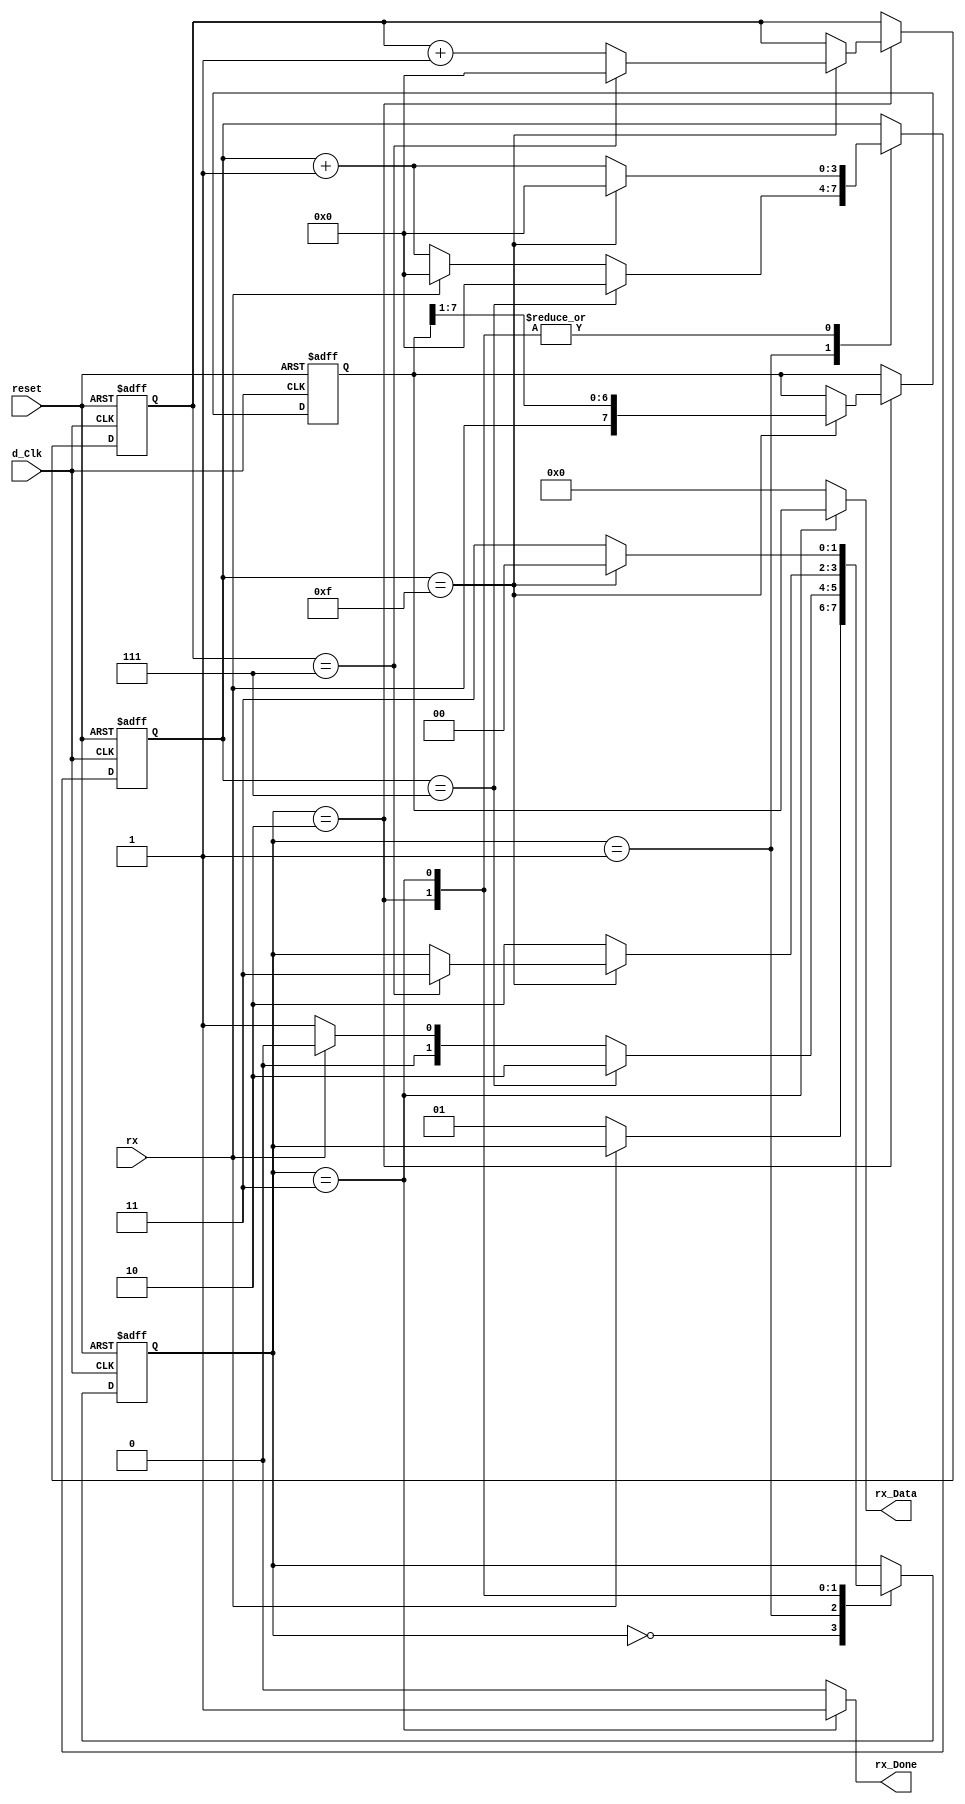
module uart_Receiver(
		d_Clk,
		reset,
		rx,
		
		rx_Data,
		rx_Done);
		
		
		input				d_Clk;
		input				reset;
		input				rx;
		
		output		[7 : 0] rx_Data;
		output				rx_Done;
		
		
		
		parameter	[1 : 0]		IDLE = 2'b00,
								START = 2'b01,
								RECEIVE = 2'b10,
								STOP = 2'b11;
		
		
		reg			[1 : 0]		rx_State;	// Receiver State 
		reg			[7 : 0]		rx_Shift;	// shift_Buffer 
		reg			[3 : 0]		data_Cnt;	// count receive data. when shift_Buffer stores rx bit 8 times, change state for STOP
		reg			[3 : 0]		sample_Cnt; // count d_Clk for sampling rx. when sample_Cnt show value of 8, stores to shift_Buffer at that time
		//FSM for Data Receive
		always@(posedge d_Clk or negedge reset)
			if(~reset)
				begin
					rx_State <= IDLE;
					rx_Shift <= 1'b0;
					data_Cnt <= 1'b0;
					sample_Cnt <= 1'b0;
				end
			else 
				begin
					case(rx_State)
						IDLE:
							if(rx == 1'b0)
								begin
									rx_State <= START;
								end
							else
								begin
									rx_State <= rx_State;
								end
						
						START:
							if(sample_Cnt == 3'd7)
								begin
									rx_State <= RECEIVE;
									sample_Cnt <= 4'd0;
								end
							else if(rx == 1'b1)
								begin
									rx_State <= IDLE;
									sample_Cnt <= 1'b0;
								end
							else
								begin
									rx_State <= START;
									sample_Cnt <= sample_Cnt + 1'b1;
								end
						
						RECEIVE:
							if(sample_Cnt == 4'd15)
								begin
									rx_Shift <= {rx, rx_Shift[7 : 1]};
									if(data_Cnt == 3'd7)
										begin
											rx_State <= STOP;
											data_Cnt <= 1'b0;
											sample_Cnt <= 1'b0;
										end
									else 
										begin
											data_Cnt <= data_Cnt + 1'b1;
											sample_Cnt <= 1'b0;
										end
								end
							else
								begin
									sample_Cnt <= sample_Cnt + 1'b1;
									rx_State <= RECEIVE;
								end
						
						STOP:
							if(sample_Cnt == 4'd15)
								begin
									rx_State <= IDLE;
									sample_Cnt <= 1'b0;
								end
							else
								begin
									sample_Cnt <= sample_Cnt + 1'b1;
									rx_State <= STOP;
								end
					endcase
				end
			
							
		assign		rx_Done = (rx_State == STOP) ? 1'b1 : 1'b0;
		assign		rx_Data = (rx_State == STOP) ? rx_Shift : 1'b0;
	
	endmodule